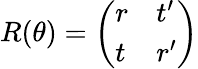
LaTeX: R(\theta)={\left(\begin{array}{ll}{r}&{t^{\prime}}\\ {t}&{r^{\prime}}\end{array}\right)}